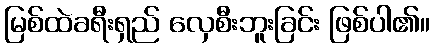
မြစ်ထဲခရီးရှည် လှေစီးဘူးခြင်း ဖြစ်ပါ၏။